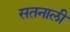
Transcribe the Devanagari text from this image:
सतनाली